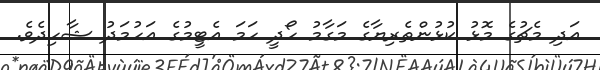
އަދި މެޗުގެ މޮޅު ކުޅުންތެރިޔާގެ މަގާމު ހޯދީ ހަމަ އެޓީމުގެ އަހުމަދު ޝާހިދެވެ.